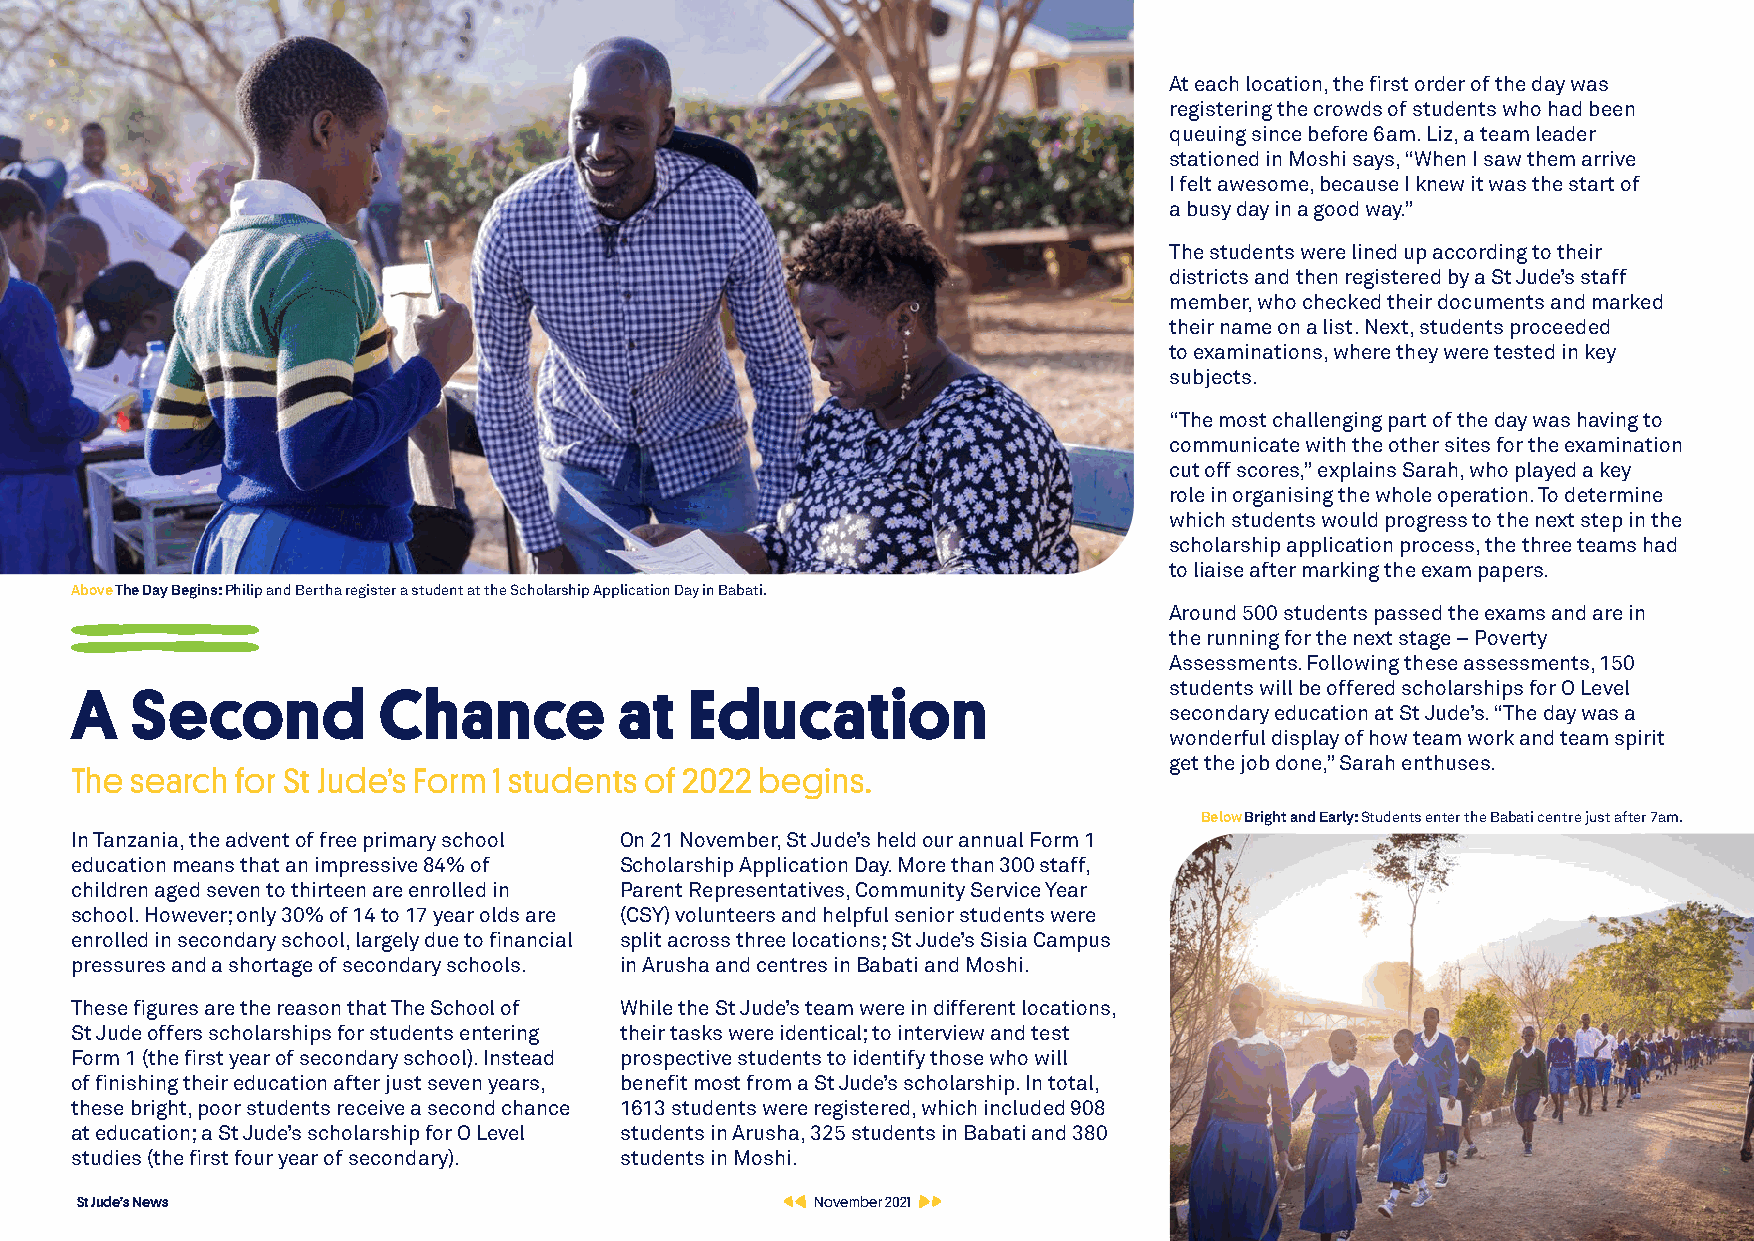
At each location, the first order of the day was
 registering the crowds of students who had been
 queuing since before 6am. Liz, a team leader
 stationed in Moshi says, “When I saw them arrive
 I felt awesome, because I knew it was the start of
 a busy day in a good way.”
 The students were lined up according to their
 districts and then registered by a St Jude’s staff
 member, who checked their documents and marked
 their name on a list. Next, students proceeded
 to examinations, where they were tested in key
 subjects.
 “The most challenging part of the day was having to
 communicate with the other sites for the examination
 cut off scores,” explains Sarah, who played a key
 role in organising the whole operation. To determine
 which students would progress to the next step in the
 scholarship application process, the three teams had
 to liaise after marking the exam papers.
 Above The Day Begins: Philip and Bertha register a student at the Scholarship Application Day in Babati.
 Around 500 students passed the exams and are in
 the running for the next stage – Poverty
 Assessments. Following these assessments, 150
 students will be offered scholarships for O Level
 A   Second          Chance          at   Education
 secondary education at St Jude’s. “The day was a
 wonderful display of how team work and team spirit
 get the job done,” Sarah enthuses.
 The search for St Jude’s Form 1 students of 2022 begins.
 Below Bright and Early: Students enter the Babati centre just after 7am.
 In Tanzania, the advent of free primary school On 21 November, St Jude’s held our annual Form 1
 education means that an impressive 84% of Scholarship Application Day. More than 300 staff,
 children aged seven to thirteen are enrolled in Parent Representatives, Community Service Year
 school. However; only 30% of 14 to 17 year olds are (CSY) volunteers and helpful senior students were
 enrolled in secondary school, largely due to financial split across three locations; St Jude’s Sisia Campus
 pressures and a shortage of secondary schools. in Arusha and centres in Babati and Moshi.
 These figures are the reason that The School of While the St Jude’s team were in different locations,
 St Jude offers scholarships for students entering their tasks were identical; to interview and test
 Form 1 (the first year of secondary school). Instead prospective students to identify those who will
 of finishing their education after just seven years, benefit most from a St Jude’s scholarship. In total,
 these bright, poor students receive a second chance 1613 students were registered, which included 908
 at education; a St Jude’s scholarship for O Level students in Arusha, 325 students in Babati and 380
 studies (the first four year of secondary). students in Moshi.
 St Jude’s News                                   November 2021